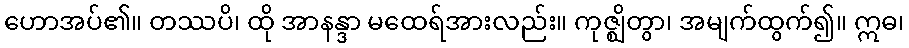
ဟောအပ်၏။ တဿပိ၊ ထို အာနန္ဒာ မထေရ်အားလည်း။ ကုဇ္ဈိတွာ၊ အမျက်ထွက်၍။ ဣဓ၊